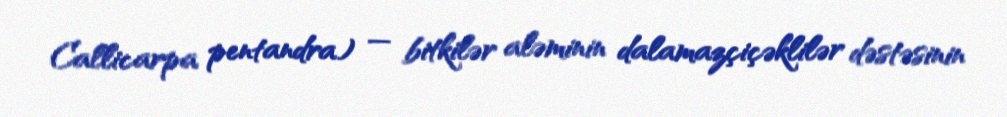
Callicarpa pentandra) — bitkilər aləminin dalamazçiçəklilər dəstəsinin